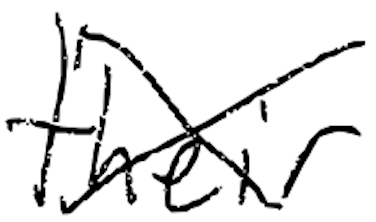
Text: their
Cross-out: cross
Writing tool: digital_black